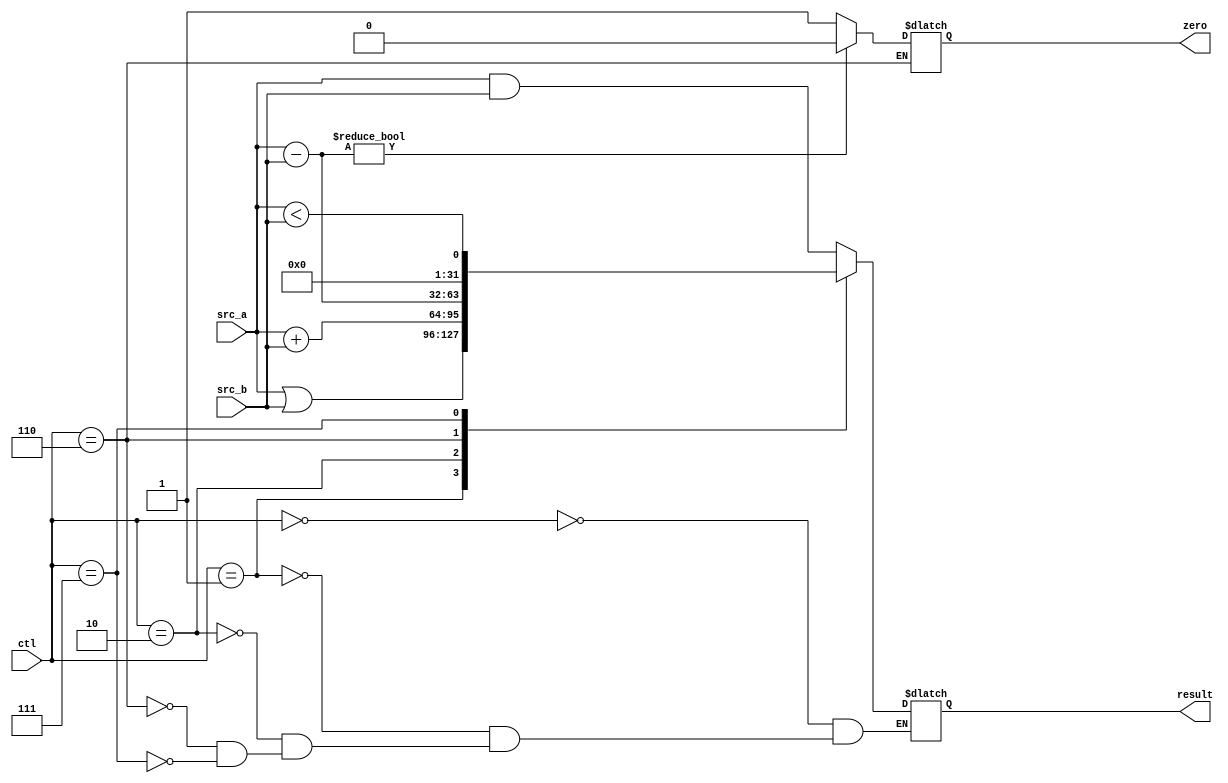
module alu(
	input [31:0] src_a, src_b,
	input [2:0] ctl,
	output reg zero,
	output reg [31:0] result
);

always @ (*)
	case (ctl)
	3'b000:
		result = src_a & src_b;
	3'b001:
		result = src_a | src_b;
	3'b010:
		result = src_a + src_b;
	3'b110: begin
		result = src_a - src_b;
		zero = result ? 0 : 1;
	end
	3'b111:
		result = src_a < src_b;
	endcase

endmodule